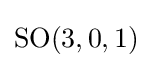
\mathrm {SO} (3,0,1)